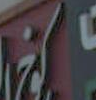
في